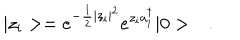
| z _ { i } > = e ^ { - \frac { 1 } { 2 } | z _ { i } | ^ { 2 } } e ^ { z _ { i } a _ { i } ^ { \dagger } } | 0 > \ \ \ .